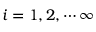
i = 1 , 2 , \cdots \infty